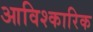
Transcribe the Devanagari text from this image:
आविश्कारिक